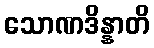
သောဏဒိန္နာတိ